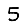
Digit: 5